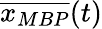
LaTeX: \overline{{x_{MBP}}}(t)